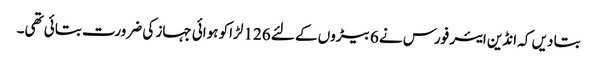
بتا دیں کہ انڈین ایئر فورس نے 6 بیڑوں کے لئے 126 لڑاکو ہوائی جہاز کی ضرورت بتائی تھی۔